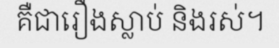
គឺជារឿងស្លាប់ និងរស់។